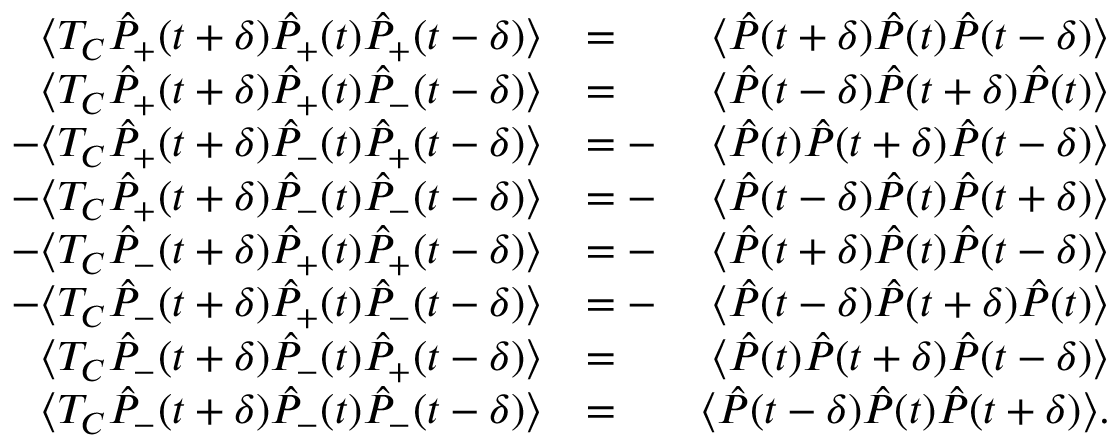
\begin{array} { r l r } { \langle { \cal T } _ { C } \hat { P } _ { + } ( t + \delta ) \hat { P } _ { + } ( t ) \hat { P } _ { + } ( t - \delta ) \rangle } & { = \phantom { - } } & { \langle \hat { P } ( t + \delta ) \hat { P } ( t ) \hat { P } ( t - \delta ) \rangle } \\ { \langle { \cal T } _ { C } \hat { P } _ { + } ( t + \delta ) \hat { P } _ { + } ( t ) \hat { P } _ { - } ( t - \delta ) \rangle } & { = \phantom { - } } & { \langle \hat { P } ( t - \delta ) \hat { P } ( t + \delta ) \hat { P } ( t ) \rangle } \\ { - \langle { \cal T } _ { C } \hat { P } _ { + } ( t + \delta ) \hat { P } _ { - } ( t ) \hat { P } _ { + } ( t - \delta ) \rangle } & { = - } & { \langle \hat { P } ( t ) \hat { P } ( t + \delta ) \hat { P } ( t - \delta ) \rangle } \\ { - \langle { \cal T } _ { C } \hat { P } _ { + } ( t + \delta ) \hat { P } _ { - } ( t ) \hat { P } _ { - } ( t - \delta ) \rangle } & { = - } & { \langle \hat { P } ( t - \delta ) \hat { P } ( t ) \hat { P } ( t + \delta ) \rangle } \\ { - \langle { \cal T } _ { C } \hat { P } _ { - } ( t + \delta ) \hat { P } _ { + } ( t ) \hat { P } _ { + } ( t - \delta ) \rangle } & { = - } & { \langle \hat { P } ( t + \delta ) \hat { P } ( t ) \hat { P } ( t - \delta ) \rangle } \\ { - \langle { \cal T } _ { C } \hat { P } _ { - } ( t + \delta ) \hat { P } _ { + } ( t ) \hat { P } _ { - } ( t - \delta ) \rangle } & { = - } & { \langle \hat { P } ( t - \delta ) \hat { P } ( t + \delta ) \hat { P } ( t ) \rangle } \\ { \langle { \cal T } _ { C } \hat { P } _ { - } ( t + \delta ) \hat { P } _ { - } ( t ) \hat { P } _ { + } ( t - \delta ) \rangle } & { = \phantom { - } } & { \langle \hat { P } ( t ) \hat { P } ( t + \delta ) \hat { P } ( t - \delta ) \rangle } \\ { \langle { \cal T } _ { C } \hat { P } _ { - } ( t + \delta ) \hat { P } _ { - } ( t ) \hat { P } _ { - } ( t - \delta ) \rangle } & { = \phantom { - } } & { \langle \hat { P } ( t - \delta ) \hat { P } ( t ) \hat { P } ( t + \delta ) \rangle . } \end{array}